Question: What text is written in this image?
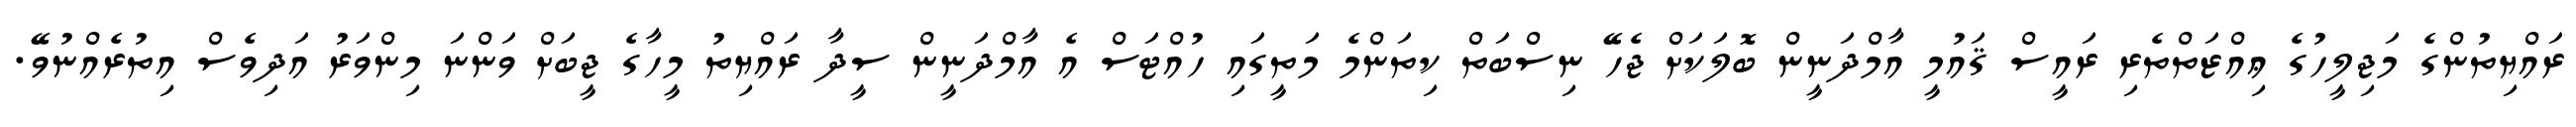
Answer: ރައްޔިތުންގެ މަޖިލީހުގެ ޢިއްޒަތްތެރި ރައީސް ޤައުމީ އާމްދަނީން ބޮލަކަށް ޖެހޭ ނިސްބަތް ކިތަންމެ މަތީގައި ހުއްޓަސް އެ އާމްދަނީން ސީދާ ރައްޔިތު މީހާގެ ޖީބަށް ވަންނަ މިންވަރު އަދިވެސް އިތުރެއްނުވޭ.